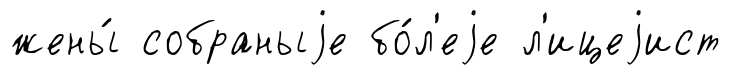
жены́ собраныjе бо́л'еjе л'ицеjист